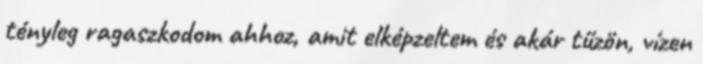
tényleg ragaszkodom ahhoz, amit elképzeltem és akár tűzön, vízen